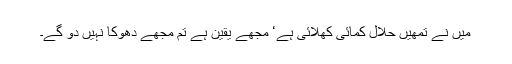
میں نے تمھیں حلال کمائی کھلائی ہے‘ مجھے یقین ہے تم مجھے دھوکا نہیں دو گے۔